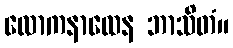
လောကနာထေန ဘာသိတံ။